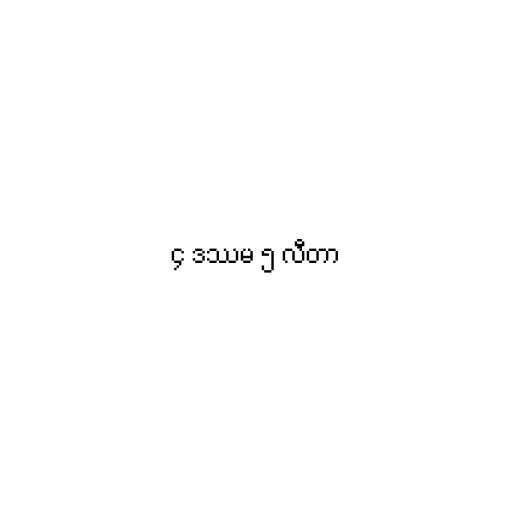
၄ ဒဿမ ၅ လီတာ